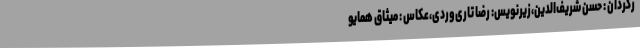
رگردان : حسن شریف‌الدین،زیرنویس: رضا تاری‌وردی،عکاس : میثاق همایو